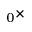
_ 0 \times